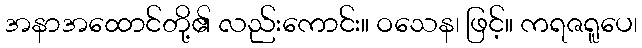
အနာအထောင်တို့၏ လည်းကောင်း။ ဝသေန၊ ဖြင့်။ ကရဇရူပေ၊